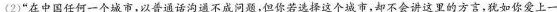
(2)”在中国任何一个城市，以普通话沟通不成问题，但你若选择这个城市，却不会讲这里的方言，犹如你爱上一